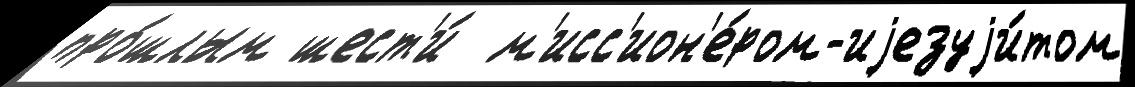
про́шлым шест'и́  м'исс'ион'е́ром-иjезуjи́том